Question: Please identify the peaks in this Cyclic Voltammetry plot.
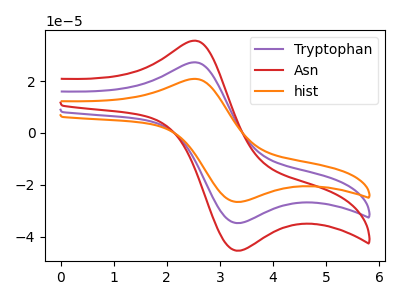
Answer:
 <answer>The purple curve "Tryptophan" has an anodic peak at (2.50V, 27.25uA) and a cathodic peak at (3.30V, -34.75uA). The red curve "Asn" has an anodic peak at (2.50V, 35.60uA) and a cathodic peak at (3.30V, -45.40uA). The orange curve "hist" has an anodic peak at (2.50V, 54.45uA) and a cathodic peak at (3.30V, -69.50uA).</answer>
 <eval></eval>